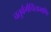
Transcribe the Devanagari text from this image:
चतुर्वर्गचिंतामणि